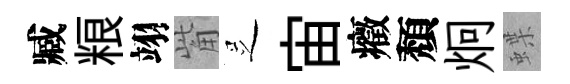
臧粮翊觜𠯁宙癥頽炯蝶